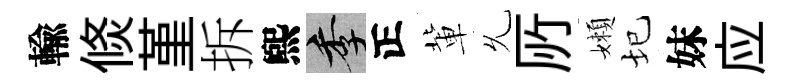
輸倐堇拆煕季正軰𠃔𠩄嬾圮妹应